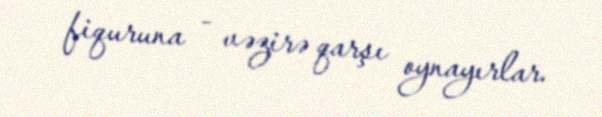
fiquruna - vəzirə qarşı oynayırlar.